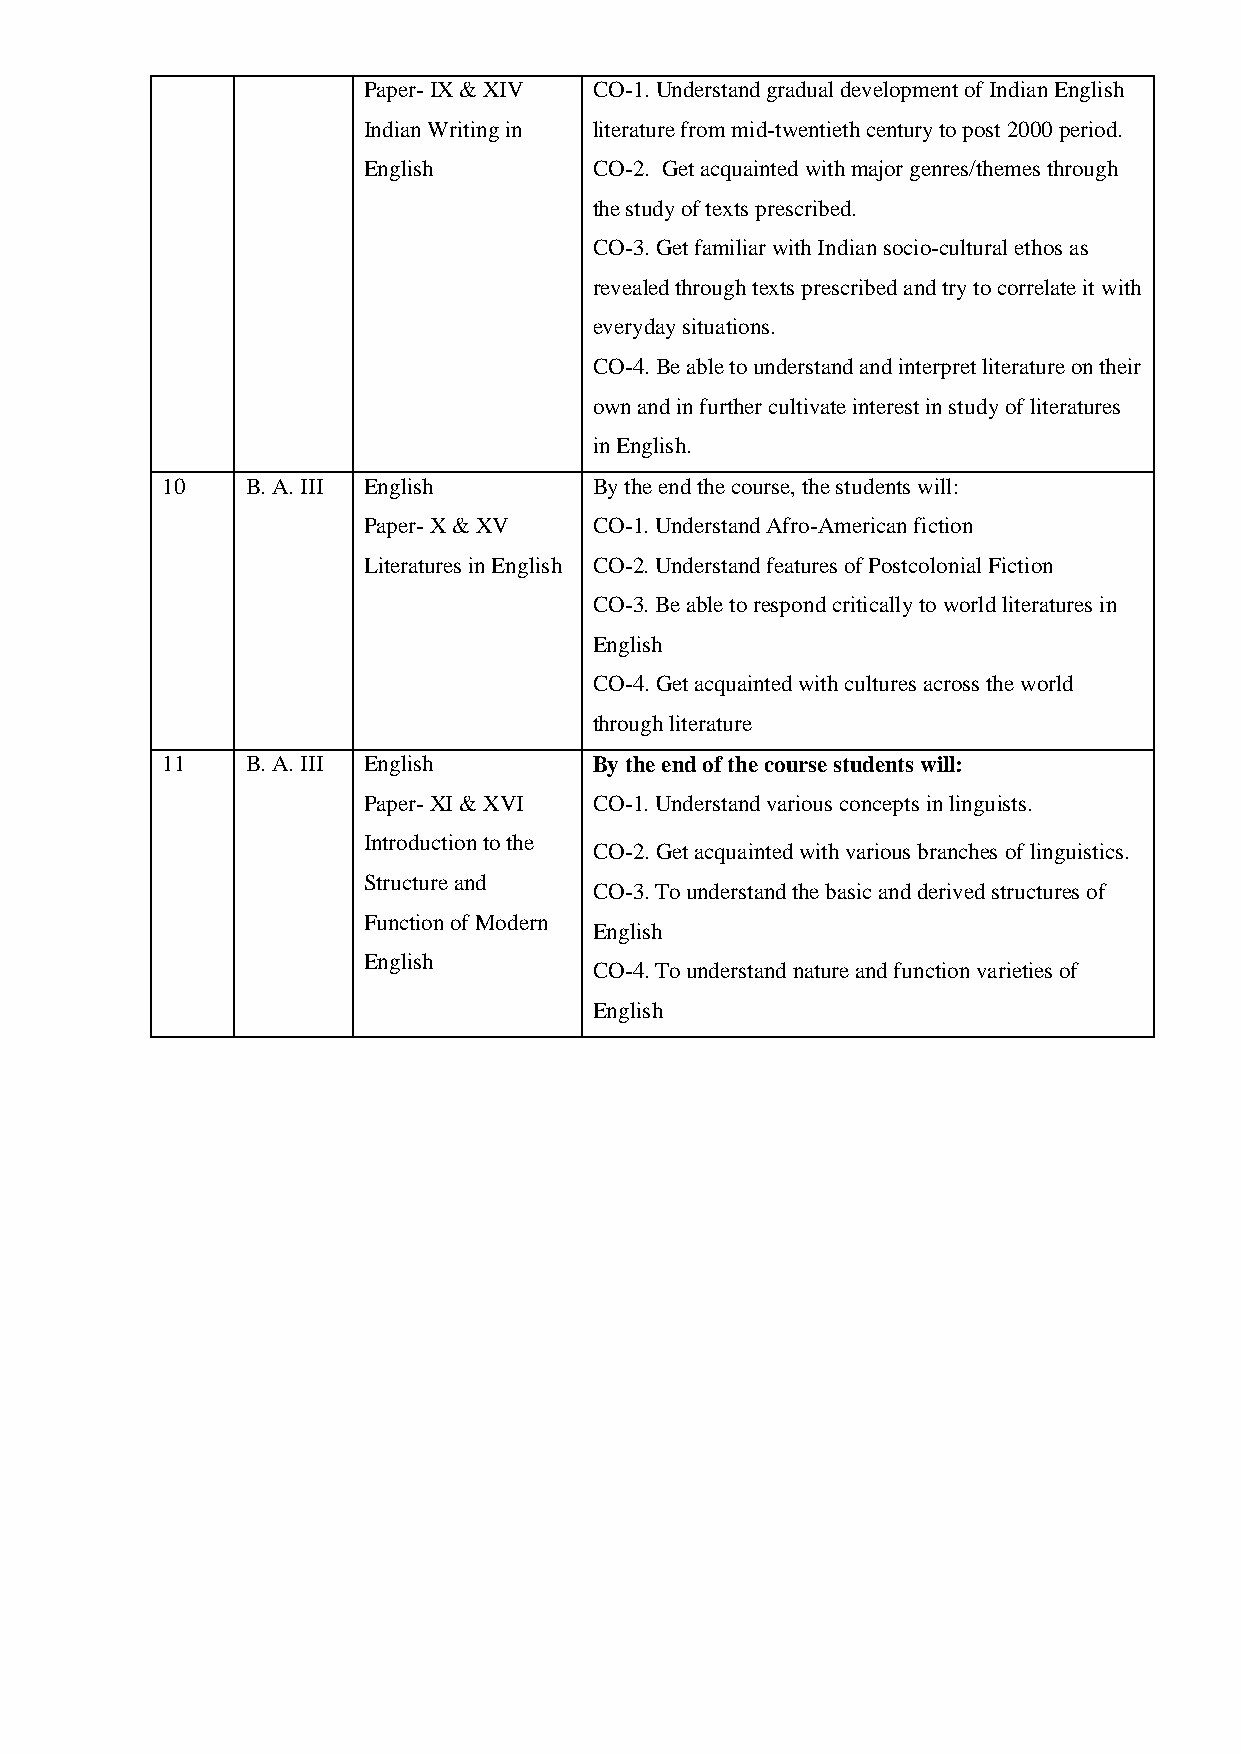
Paper- IX & XIV CO-1. Understand gradual development of Indian English
 Indian Writing in literature from mid-twentieth century to post 2000 period.
 English        CO-2. Get acquainted with major genres/themes through
 the study of texts prescribed.
 CO-3. Get familiar with Indian socio-cultural ethos as
 revealed through texts prescribed and try to correlate it with
 everyday situations.
 CO-4. Be able to understand and interpret literature on their
 own and in further cultivate interest in study of literatures
 in English.
 10   B. A. III English      By the end the course, the students will:
 Paper- X & XV  CO-1. Understand Afro-American fiction
 Literatures in English CO-2. Understand features of Postcolonial Fiction
 CO-3. Be able to respond critically to world literatures in
 English
 CO-4. Get acquainted with cultures across the world
 through literature
 11   B. A. III English      By the end of the course students will:
 Paper- XI & XVI CO-1. Understand various concepts in linguists.
 Introduction to the
 CO-2. Get acquainted with various branches of linguistics.
 Structure and
 CO-3. To understand the basic and derived structures of
 Function of Modern
 English
 English
 CO-4. To understand nature and function varieties of
 English